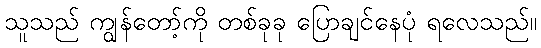
သူသည် ကျွန်တော့်ကို တစ်ခုခု ပြောချင်နေပုံ ရလေသည်။